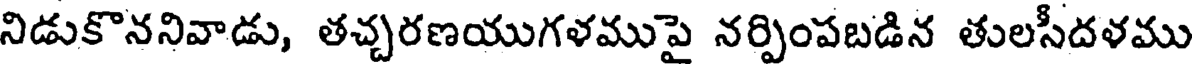
నిడుకొననివాడు, తచ్చరణయుగళముపై నర్పింపబడిన తులసీదళము